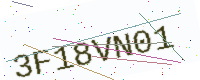
Text: 3F18VN01